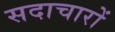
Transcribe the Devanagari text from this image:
सदाचारों